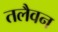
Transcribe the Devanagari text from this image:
तलैवन